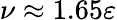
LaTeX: \nu\approx 1.65\varepsilon